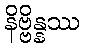
နိဗ္ဗိန္နဿ